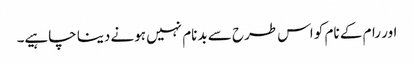
اور رام کے نام کو اس طرح سے بدنام نہیں ہونے دینا چاہیے۔